Problem: 30 + 43 = ?
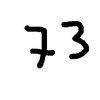
Handwritten answer: 73